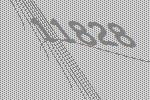
11828